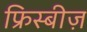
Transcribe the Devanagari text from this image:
फ्रिस्बीज़